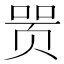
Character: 𬱞